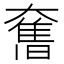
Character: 𭑣